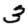
Digit: 3